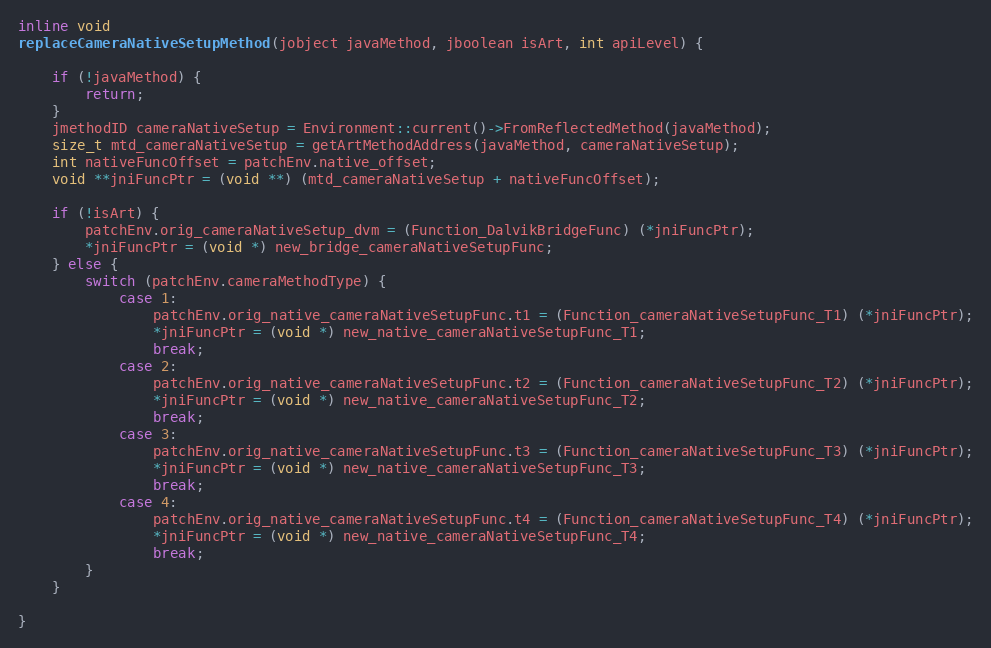
Language: C++
inline void
replaceCameraNativeSetupMethod(jobject javaMethod, jboolean isArt, int apiLevel) {

    if (!javaMethod) {
        return;
    }
    jmethodID cameraNativeSetup = Environment::current()->FromReflectedMethod(javaMethod);
    size_t mtd_cameraNativeSetup = getArtMethodAddress(javaMethod, cameraNativeSetup);
    int nativeFuncOffset = patchEnv.native_offset;
    void **jniFuncPtr = (void **) (mtd_cameraNativeSetup + nativeFuncOffset);

    if (!isArt) {
        patchEnv.orig_cameraNativeSetup_dvm = (Function_DalvikBridgeFunc) (*jniFuncPtr);
        *jniFuncPtr = (void *) new_bridge_cameraNativeSetupFunc;
    } else {
        switch (patchEnv.cameraMethodType) {
            case 1:
                patchEnv.orig_native_cameraNativeSetupFunc.t1 = (Function_cameraNativeSetupFunc_T1) (*jniFuncPtr);
                *jniFuncPtr = (void *) new_native_cameraNativeSetupFunc_T1;
                break;
            case 2:
                patchEnv.orig_native_cameraNativeSetupFunc.t2 = (Function_cameraNativeSetupFunc_T2) (*jniFuncPtr);
                *jniFuncPtr = (void *) new_native_cameraNativeSetupFunc_T2;
                break;
            case 3:
                patchEnv.orig_native_cameraNativeSetupFunc.t3 = (Function_cameraNativeSetupFunc_T3) (*jniFuncPtr);
                *jniFuncPtr = (void *) new_native_cameraNativeSetupFunc_T3;
                break;
            case 4:
                patchEnv.orig_native_cameraNativeSetupFunc.t4 = (Function_cameraNativeSetupFunc_T4) (*jniFuncPtr);
                *jniFuncPtr = (void *) new_native_cameraNativeSetupFunc_T4;
                break;
        }
    }

}